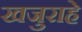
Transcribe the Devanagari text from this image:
खजुराहे